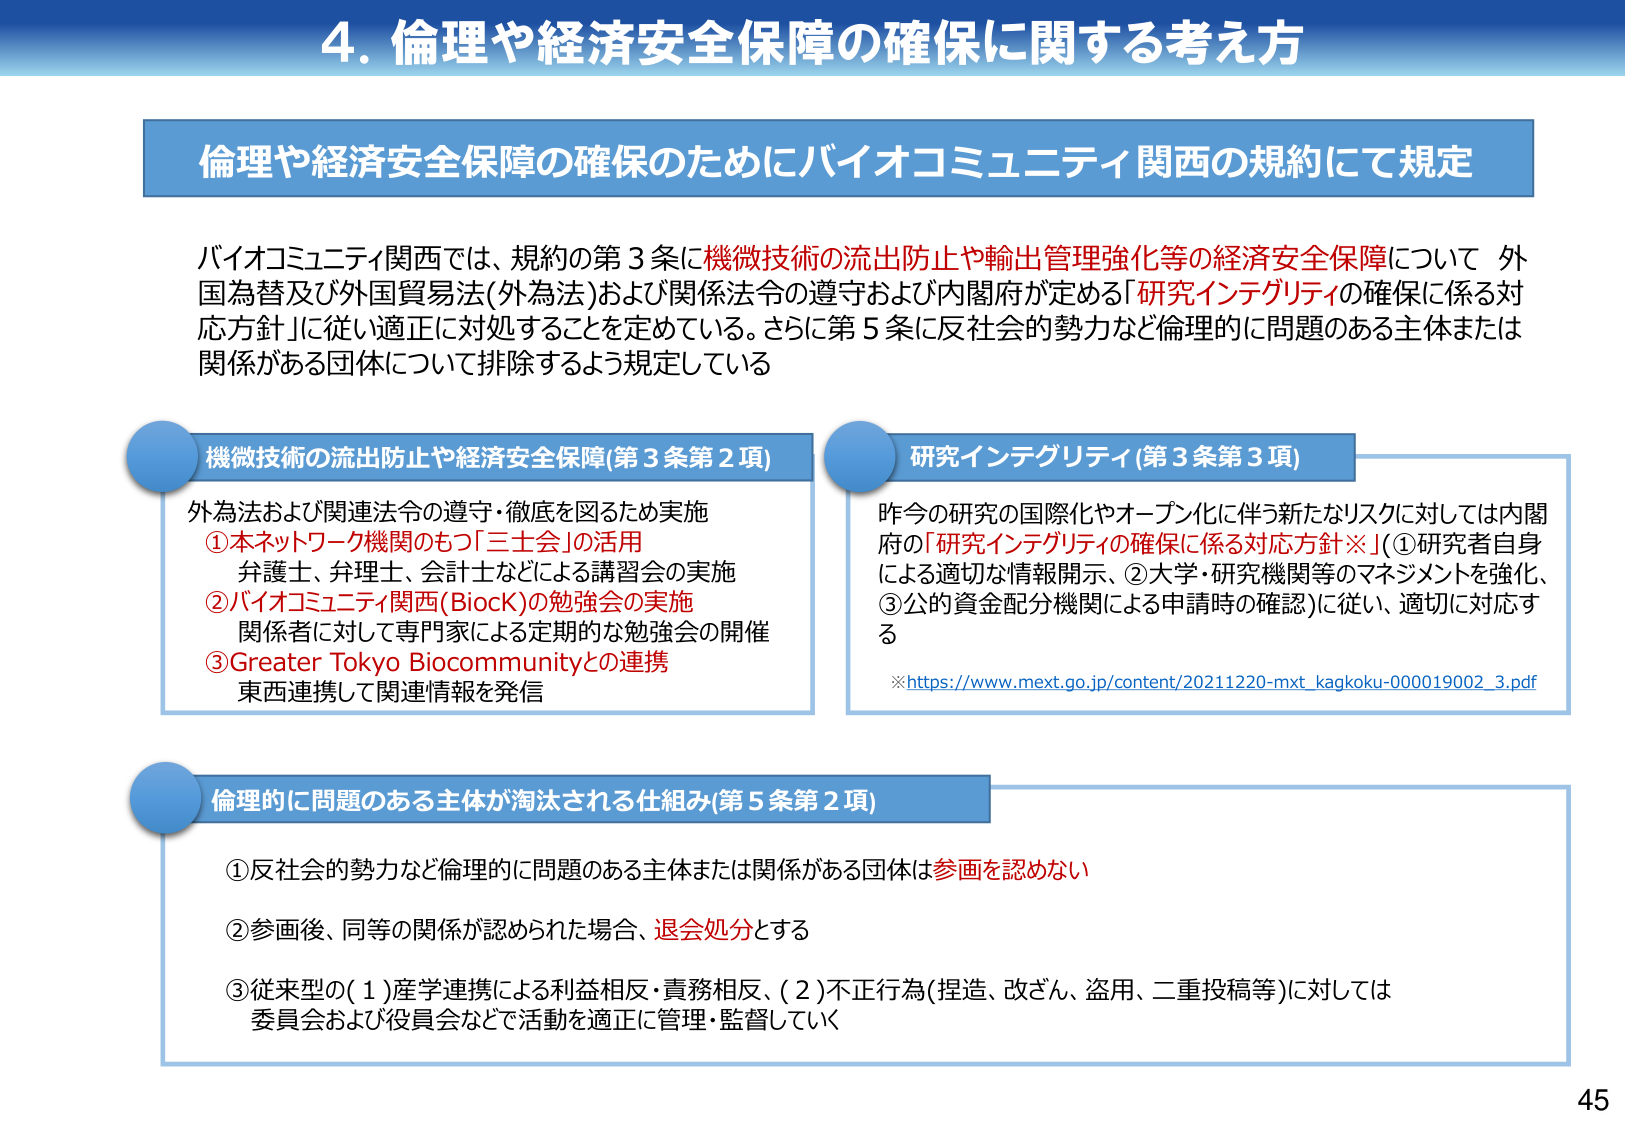
4. 倫理や経済安全保障の確保に関する考え方

倫理や経済安全保障の確保のためにバイオコミュニティ関西の規約にて規定

バイオコミュニティ関西では、規約の第3条に機微技術の流出防止や輸出管理強化等の経済安全保障について、外国為替及び外国貿易法(外為法)および関係法令の遵守および内閣府が定める「研究インテグリティの確保に係る対応方針」に従い適正に対処することを定めている。さらに第5条に反社会的勢力など倫理的に問題のある主体または関係がある団体について排除するよう規定している

機微技術の流出防止や経済安全保障(第3条第2項)
外為法および関連法令の遵守・徹底を図るため実施
①本ネットワーク機関のもつ「三士会」の活用
弁護士、弁理士、会計士などによる講習会の実施
②バイオコミュニティ関西(BiocK)の勉強会の実施
関係者に対して専門家による定期的な勉強会の開催
③Greater Tokyo Biocommunityとの連携
東西連携して関連情報を発信

研究インテグリティ(第3条第3項)
昨今の研究の国際化やオープン化に伴う新たなリスクに対しては内閣府の「研究インテグリティの確保に係る対応方針※」(①研究者自身による適切な情報開示、②大学・研究機関等のマネジメントを強化、③公的資金配分機関による申請時の確認)に従い、適切に対応する
※https://www.mext.go.jp/content/20211220-mxt_kagkoku-000019002_3.pdf

倫理的に問題のある主体が淘汰される仕組み(第5条第2項)
①反社会的勢力など倫理的に問題のある主体または関係がある団体は参画を認めない
②参画後、同等の関係が認められた場合、退会処分とする
③従来型の(1)産学連携による利益相反・責務相反、(2)不正行為(捏造、改ざん、盗用、二重投稿等)に対しては委員会および役員会などで活動を適正に管理・監督していく

45